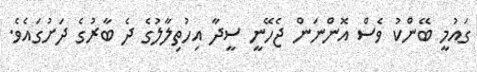
ގައުމީ ބޭންކު ވެސް އޮންނަން ޖެހޭނީ ސީދާ އިހުތިލާލުގެ ދެ ބާރުގެ ދަށުގައެވެ.